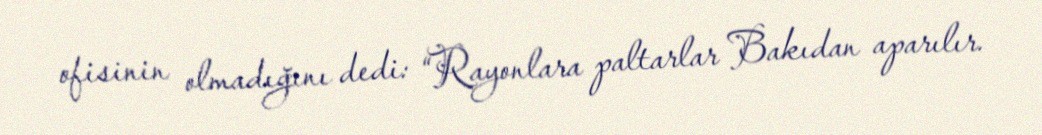
ofisinin olmadığını dedi: “Rayonlara paltarlar Bakıdan aparılır.